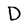
Character: D